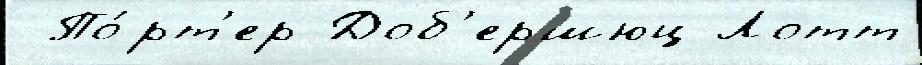
 По́рт'ер Доб'ершюц Лотт